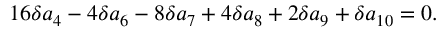
1 6 \delta a _ { 4 } - 4 \delta a _ { 6 } - 8 \delta a _ { 7 } + 4 \delta a _ { 8 } + 2 \delta a _ { 9 } + \delta a _ { 1 0 } = 0 .